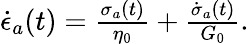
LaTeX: \begin{array}{r}{\dot{\epsilon}_{a}(t)=\frac{\sigma_{a}(t)}{\eta_{0}}+\frac{\dot{\sigma}_{a}(t)}{G_{0}}.}\end{array}